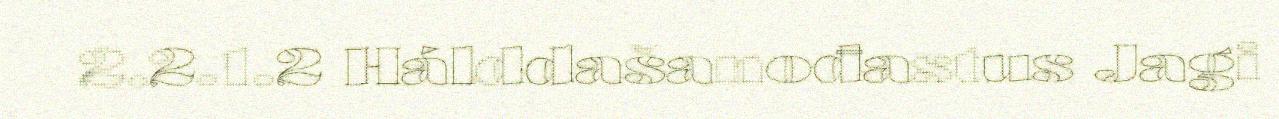
2.2.1.2 Hálddašanođastus Jagi